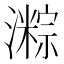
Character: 𪷯